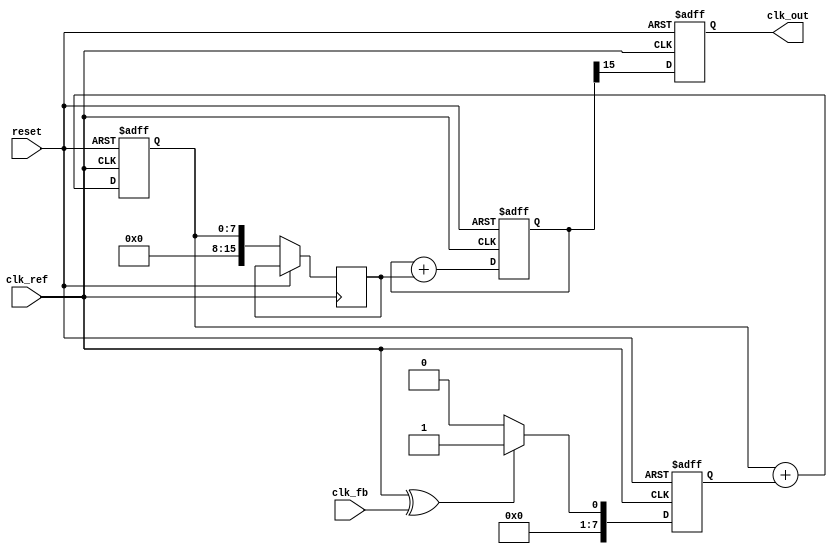
module adpll (
    input wire clk_ref,          // Reference clock input
    input wire clk_fb,           // Feedback clock input
    input wire reset,            // Reset signal
    output reg clk_out           // Output clock
);

    // Parameters
    parameter NCO_WIDTH = 16;    // Width of the NCO control word
    parameter FILTER_WIDTH = 8;   // Width of the loop filter output

    // Internal signals
    reg [NCO_WIDTH-1:0] nco_phase; // NCO phase accumulator
    reg [FILTER_WIDTH-1:0] loop_filter_out; // Output of the loop filter
    reg [FILTER_WIDTH-1:0] phase_error; // Phase error from the phase detector
    reg [NCO_WIDTH-1:0] control_word; // Control word for NCO

    // Phase Detector
    always @(posedge clk_ref or posedge reset) begin
        if (reset) begin
            phase_error <= 0;
        end else begin
            // Simple phase detector logic (XOR for demonstration)
            phase_error <= (clk_ref ^ clk_fb) ? 1 : 0;
        end
    end

    // Loop Filter (Simple Integrator)
    always @(posedge clk_ref or posedge reset) begin
        if (reset) begin
            loop_filter_out <= 0;
        end else begin
            loop_filter_out <= loop_filter_out + phase_error; // Integrate phase error
        end
    end

    // Numerically Controlled Oscillator (NCO)
    always @(posedge clk_ref or posedge reset) begin
        if (reset) begin
            nco_phase <= 0;
            clk_out <= 0;
        end else begin
            control_word <= loop_filter_out; // Update control word from loop filter
            nco_phase <= nco_phase + control_word; // Increment phase
            clk_out <= nco_phase[NCO_WIDTH-1]; // Output clock based on MSB of phase
        end
    end

endmodule